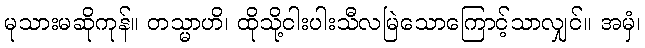
မုသားမဆိုကုန်။ တသ္မာဟိ၊ ထိုသို့ငါးပါးသီလမြဲသောကြောင့်သာလျှင်။ အမှံ၊